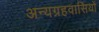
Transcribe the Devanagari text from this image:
अन्यग्रहवासियों